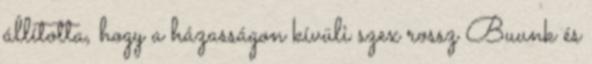
állította, hogy a házasságon kívüli szex rossz Buunk és